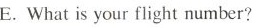
E.What is your flight number?